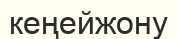
кеңейжону